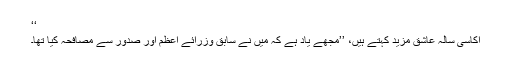
‘‘
اکاسی سالہ عاشق مزید کہتے ہیں، ’’مجھے یاد ہے کہ میں نے سابق وزرائے اعظم اور صدور سے مصافحہ کیا تھا۔